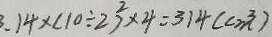
3 . 1 4 \times ( 1 0 \div 2 ) ^ { 2 } \times 4 = 3 1 4 ( c m ^ { 3 } )